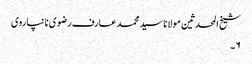
شیخ المحدثین مولانا سید محمد عارف رضوی نانپاروی
۶۔